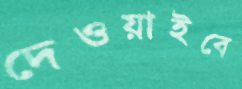
দেওয়াইবে